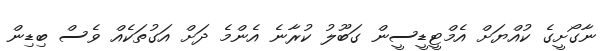
ނާގޯށީގެ ކުއްޔަށް އެމްޓީޑީސީން ގަބޫލު ކުރާނެ އެންމެ ދަށް އަގުތަކެއް ވެސް ބިޑިން